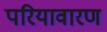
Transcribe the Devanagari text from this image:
परियावारण